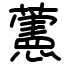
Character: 藼